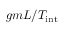
g m L / T _ { \mathrm { i n t } }